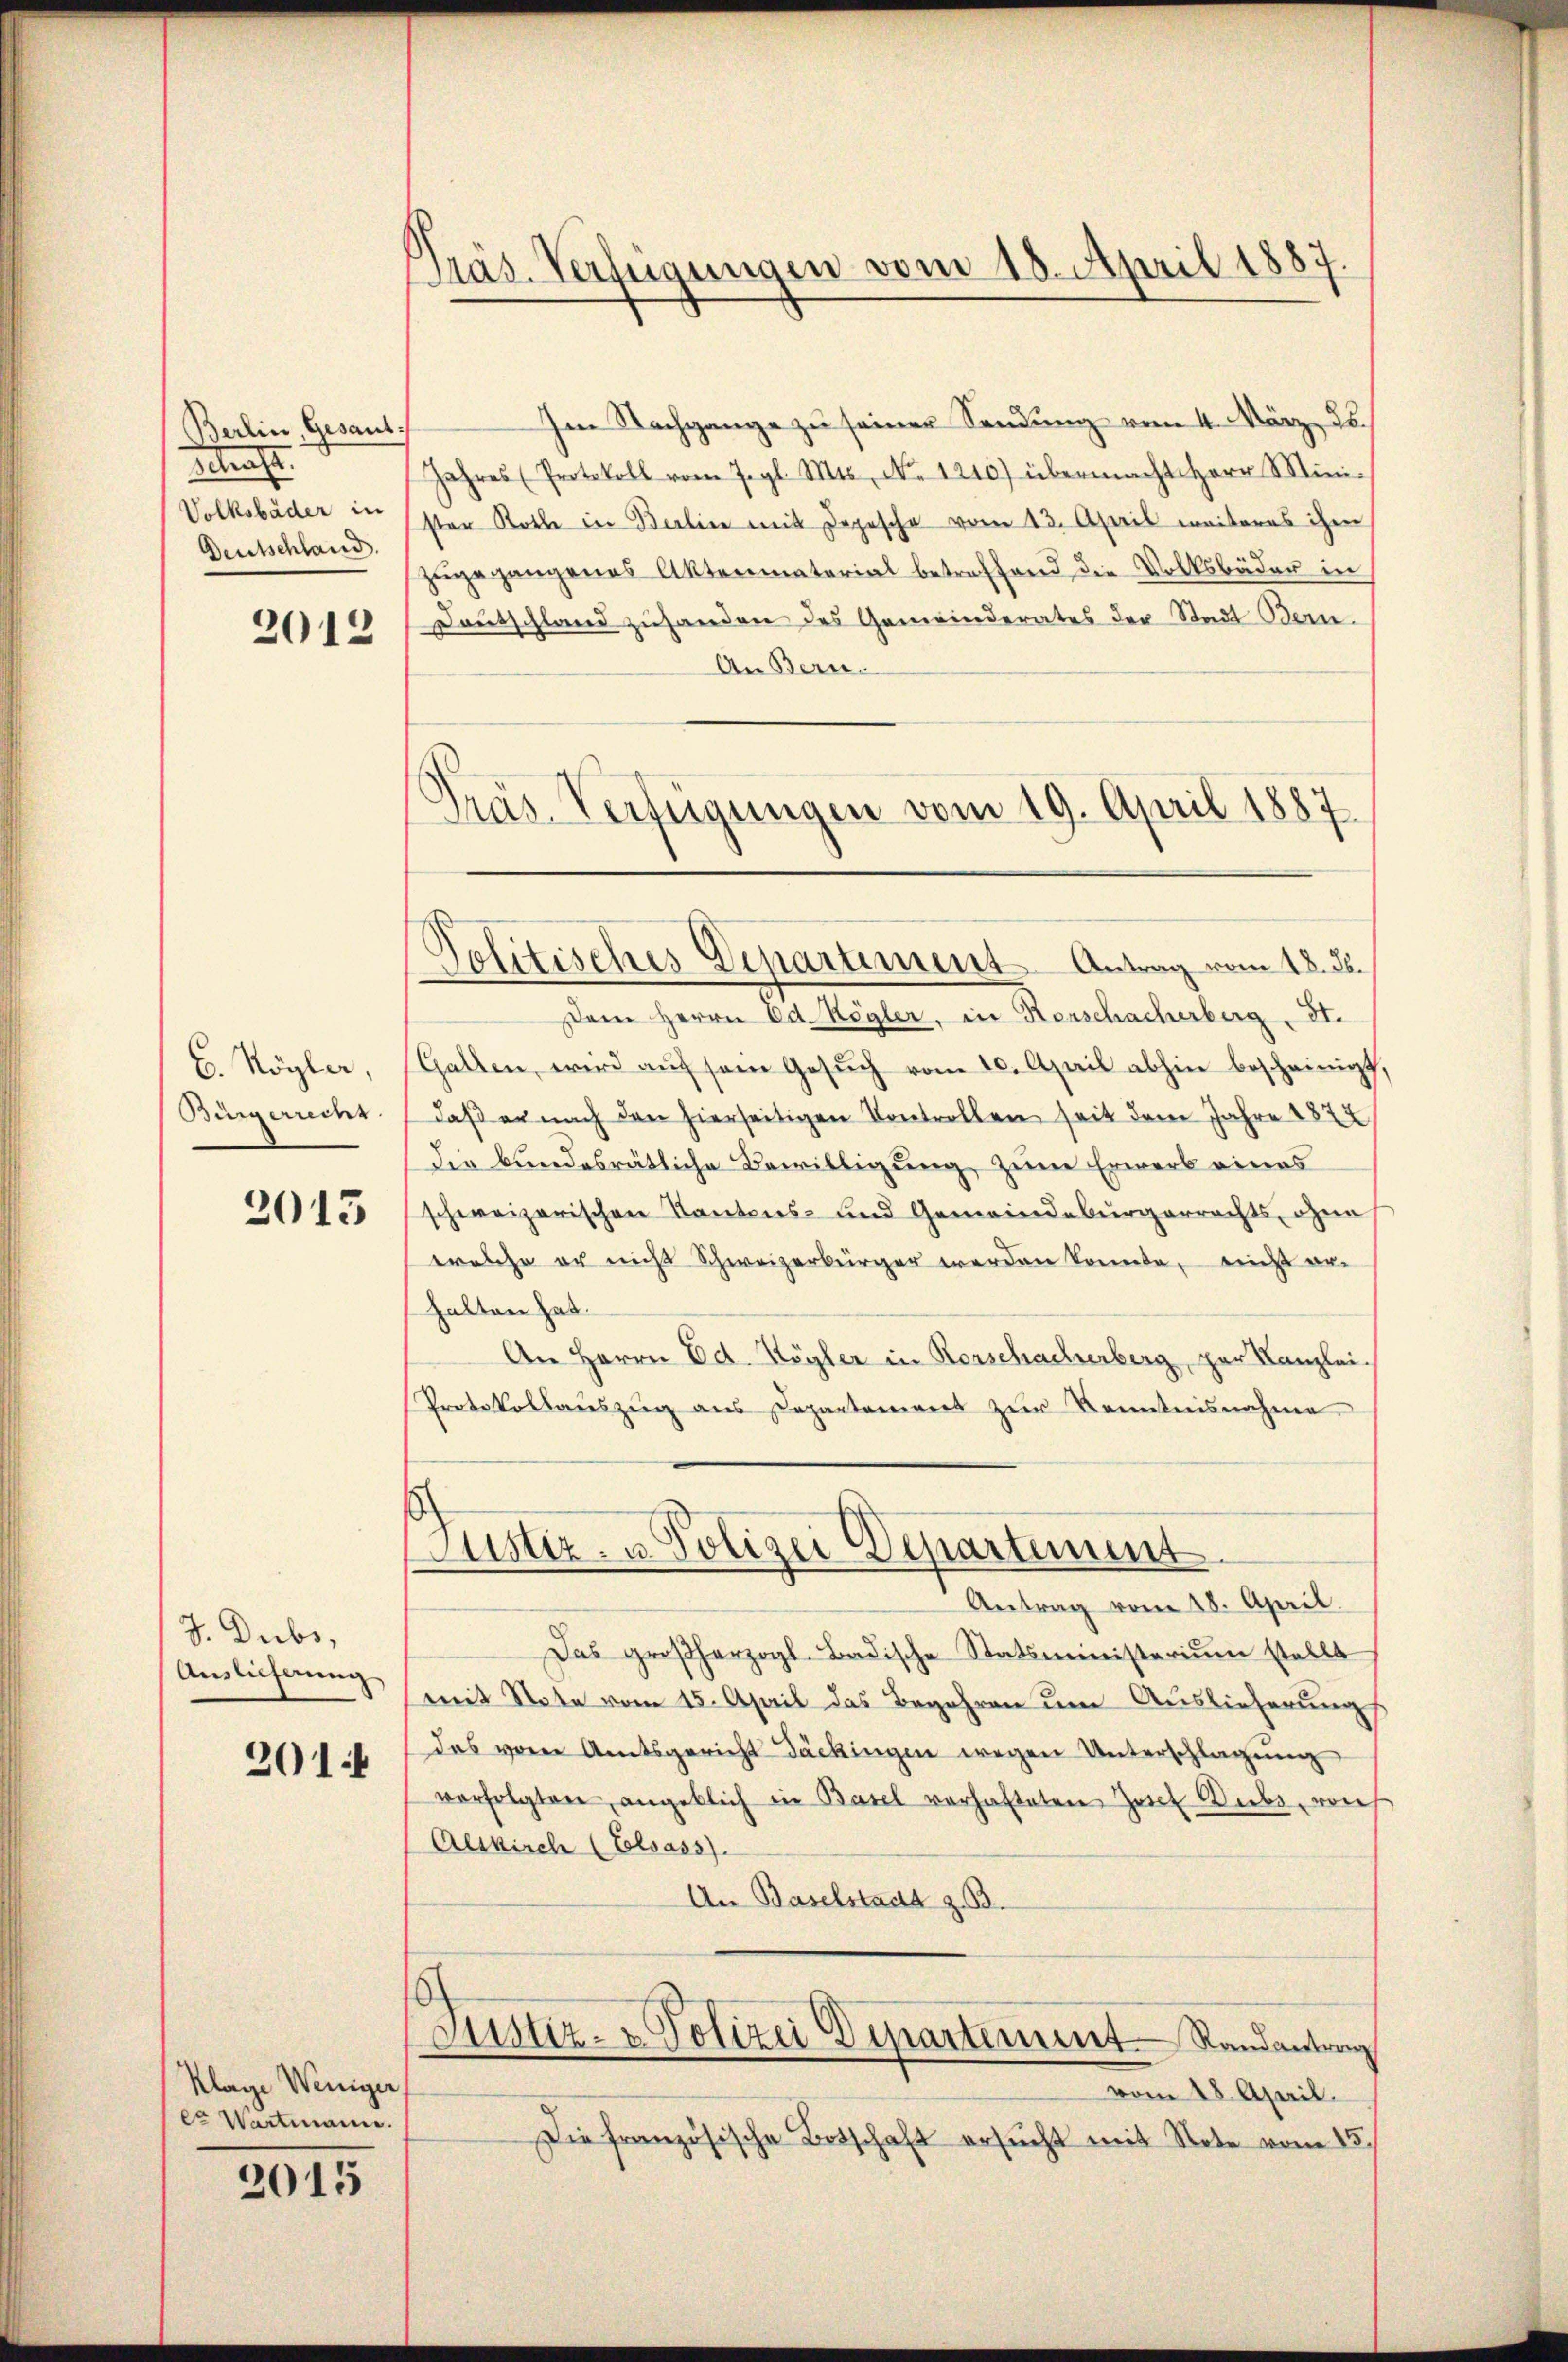
Berlin, Gesant.
Staats
Volksbäder in
Deutschland.
2012

6. Kögler,
Bürgerrecht

2015

J. Dubs,
Auslicherung
201:

Klage Weniger
cr Wartmanne.

2015

Präs. Verfügungen vom 18. April 1887

Solitisches Departement Antrag vom 18. ds.

Im Nachgange zu seiner Sendung vom 4. März 26.
Jahres (Protokoll vom Jegl. Mts. No. 1210) übermacht Herr Mini-
ster Rothe in Berlin mit Depesche vom 13. April weiteres ihm
zugegangenes Aktenmaterial betreffend die Volksbäder in
Deutschland zuhanden des Gemeinderates der Stadt Bern.
An Bern.
Dem Herrn Ed. Kögler, in Kerschacherberg, II.
Gallen, wird auf sein Gesuch vom 10. April abhin bescheinigt,
daβ er nach den hierseitigen Kontrollen seit dem Jahre 1872
die bundesrätliche Bewilligung, zum Erwerb eines
schweizerischen Kantons- und Gemeindebürgerrechts, ohne
welche er nicht Schweizerbürger werden konnte, nicht erhalten hat.
An Herrn Ed. Kögler in Rorschacherberg, zur Kanzlei.
Protokollaŭszŭg ans Departement zŭr Kenntnisnahme
Justiz- u. Polizei Departement.
Antrag vom 18. April.
Das großherzogl. Badische Statsministerium stellt
mit Note vom 15. April das Begehren um Auslieferung
das vom Amtsgericht Täckingen wegen Unterschlagŭng
verfolgten angeblich in Basel verhafteten Josef Dubs, reich
Alskirch (Elsass).
An Baselstadt z. B.
Justiz- & Polizei Departement Randantrag
vom 18. April.
Die französische Botschaft ersŭcht mit Note vom 15.

Präs. Verfügungen vom 19. April 1887